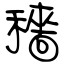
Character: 穡